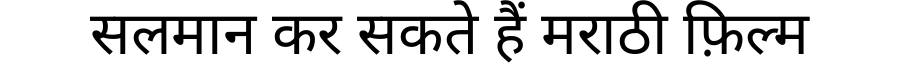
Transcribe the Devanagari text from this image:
सलमान कर सकते हैं मराठी फ़िल्म